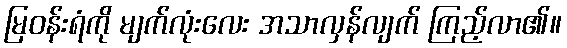
မြဝန်းရံကို မျက်လုံးလေး အသာလှန်လျက် ကြည့်လာ၏။